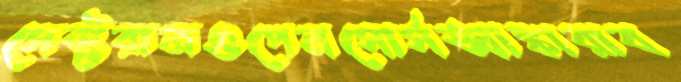
সেক্টরালওপেনসোর্সআঙ্কারাব